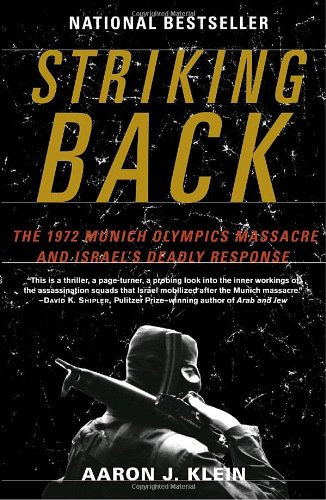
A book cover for Striking Back: The 1972 Munich Olympics Massacre and Israel's Deadly Response; Aaron J. Klein; Sports & Outdoors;